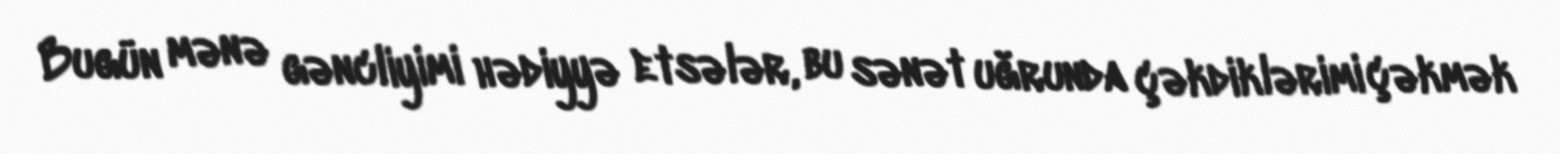
Bugün mənə gəncliyimi hədiyyə etsələr, bu sənət uğrunda çəkdiklərimi çəkmək